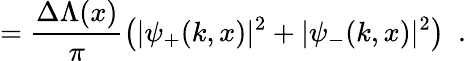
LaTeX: =\frac{\Delta\Lambda(x)}{\pi}\left(|\psi_{+}(k,x)|^{2}+|\psi_{-}(k,x)|^{2}\right)\ \ .